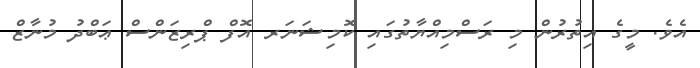
އެވެ. މީގެ އިތުރުން މި ރަސްމިއްޔާތުގައި ކޮމިޝަނަރ އޮފް ޕްރިޒަންސް ޢަބްދު މުނާޒް